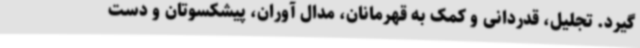
گیرد. تجلیل، قدردانی و کمک به قهرمانان، مدال آوران، پیشکسوتان و دست